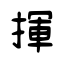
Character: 揮